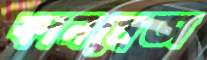
কানদ্রেভা